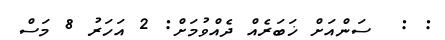
: :  ސަންއަށް ޚަބަރެއް ދެއްވުމަށް: 2 އަހަރު 8 މަސް